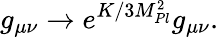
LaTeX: g_{\mu\nu}\rightarrow e^{K/3M_{Pl}^{2}}g_{\mu\nu}.